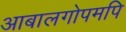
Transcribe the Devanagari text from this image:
आबालगोपमपि